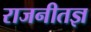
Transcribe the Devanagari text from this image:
राजनीतज्ञ